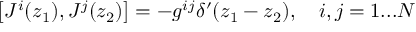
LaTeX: \left[ J ^ { i } ( z _ { 1 } ) , J ^ { j } ( z _ { 2 } ) \right] = - g ^ { i j } \delta ^ { \prime } ( z _ { 1 } - z _ { 2 } ) , \quad i , j = 1 . . . N